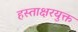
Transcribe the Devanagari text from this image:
हस्ताक्षरयुक्त